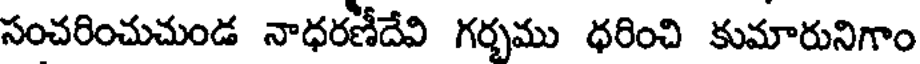
సంచరించుచుండ నాధరణీదేవి గర్భము ధరించి కుమారునిగాం